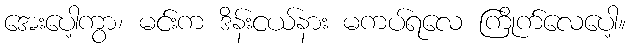
အေးပေါ့ကွာ၊ မင်းက ဒိန်းငယ်နား မကပ်ရလေ ကြိုက်လေပေါ့။